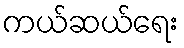
ကယ်ဆယ်ရေး